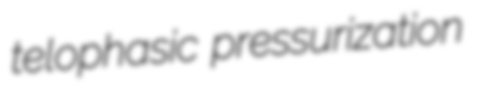
telophasic pressurization